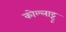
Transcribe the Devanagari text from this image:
कोल्लाट्टू